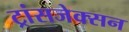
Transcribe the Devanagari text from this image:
ट्रांसजेक्सन